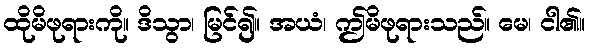
ထိုမိဖုရားကို။ ဒိသွာ၊ မြင်၍။ အယံ၊ ဤမိဖုရားသည်။ မေ၊ ငါ၏။